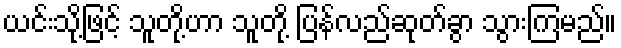
ယင်းသို့ဖြင့် သူတို့ဟာ သူတို့ ပြန်လည်ဆုတ်ခွာ သွားကြမည်။